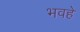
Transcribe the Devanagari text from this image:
भवहे